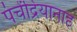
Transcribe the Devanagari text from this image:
पंचेंद्रियानाह